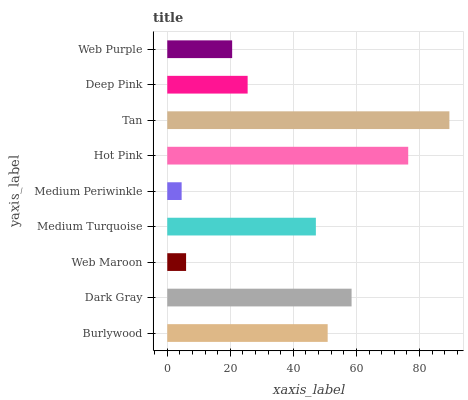
| yaxis_label | bars |
 | --- | --- |
 | Burlywood | 50.9 |
 | Dark Gray | 58.5 |
 | Web Maroon | 5.97 |
 | Medium Turquoise | 47.1 |
 | Medium Periwinkle | 4.56 |
 | Hot Pink | 76.4 |
 | Tan | 89.5 |
 | Deep Pink | 25.5 |
 | Web Purple | 20.6 |